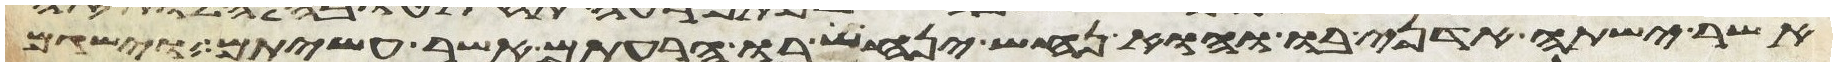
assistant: אשר ישתה אדני בו והוא נחש ינחש בו הרעתם אשר עשיתם וישגם